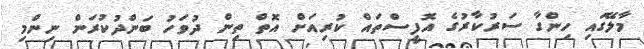
މާލޭގައި ހިންގާ ސަރުކާރުގެ އޮފީސްތައް ކުރިއަށް އޮތް ތިން ދުވަހު ބަންދުކުރަން ނިންމި